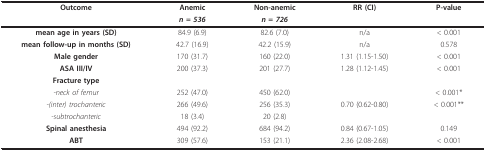
| Outcome | Anemic | Non-anemic | RR (CI) | P-value |
 |  | n = 536 | n = 726 |  |  |
 | --- | --- | --- | --- | --- |
 | mean age in years (SD) | 84.9 (6.9) | 82.6 (7.0) | n/a | < 0.001 |
 | mean follow-up in months (SD) | 42.7 (16.9) | 42.2 (15.9) | n/a | 0.578 |
 | Male gender | 170 (31.7) | 160 (22.0) | 1.31 (1.15-1.50) | < 0.001 |
 | ASA III/IV | 200 (37.3) | 201 (27.7) | 1.28 (1.12-1.45) | < 0.001 |
 | Fracture type |  |  |  |  |
 | -neck of femur | 252 (47.0) | 450 (62.0) |  | < 0.001* |
 | -(inter) trochanteric | 266 (49.6) | 256 (35.3) | 0.70 (0.62-0.80) | < 0.001** |
 | -subtrochanteric | 18 (3.4) | 20 (2.8) |  |  |
 | Spinal anesthesia | 494 (92.2) | 684 (94.2) | 0.84 (0.67-1.05) | 0.149 |
 | ABT | 309 (57.6) | 153 (21.1) | 2.36 (2.08-2.68) | < 0.001 |